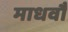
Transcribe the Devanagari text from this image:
माधवौ